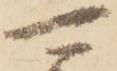
可